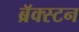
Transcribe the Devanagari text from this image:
ब्रॅक्स्टन